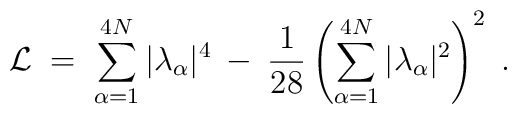
{\cal{L}} \;=\; \sum_{\alpha=1}^{4N} |\lambda_\alpha|^4 \:-\: \frac{1}{28}    \left(\sum_{\alpha=1}^{4N} |\lambda_\alpha|^2 \right)^2 \;.